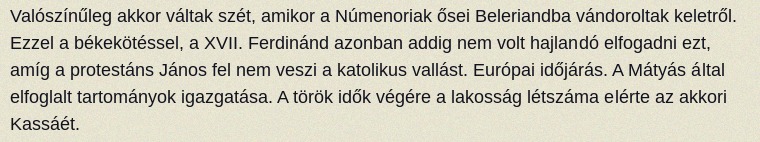
Valószínűleg akkor váltak szét, amikor a Númenoriak ősei Beleriandba vándoroltak keletről. Ezzel a békekötéssel, a XVII. Ferdinánd azonban addig nem volt hajlandó elfogadni ezt, amíg a protestáns János fel nem veszi a katolikus vallást. Európai időjárás. A Mátyás által elfoglalt tartományok igazgatása. A török idők végére a lakosság létszáma elérte az akkori Kassáét.